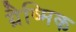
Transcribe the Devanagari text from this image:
ग्रैष्मिक